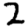
Digit: 2